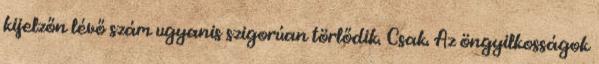
kijelzőn lévő szám ugyanis szigorúan törlődik. Csak. Az öngyilkosságok